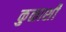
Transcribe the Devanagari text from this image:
कुळाशी